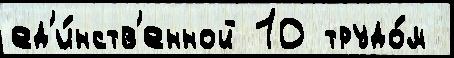
ед'и́нств'енной 10 трудо́м